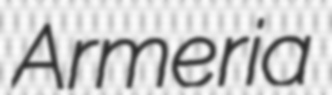
Armeria